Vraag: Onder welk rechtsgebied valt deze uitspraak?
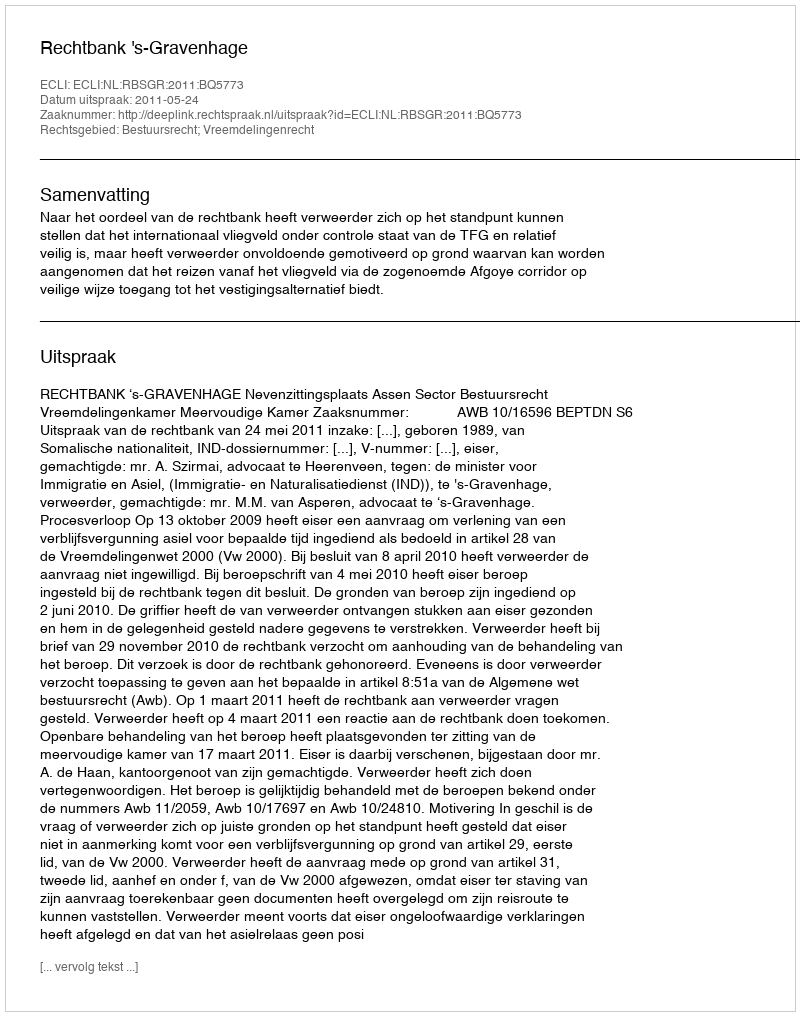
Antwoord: Bestuursrecht; Vreemdelingenrecht